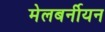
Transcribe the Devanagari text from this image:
मेलबर्नीयन